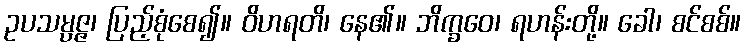
ဥပသမ္ပဇ္ဇ၊ ပြည့်စုံစေ၍။ ဝိဟရတိ၊ နေ၏။ ဘိက္ခဝေ၊ ရဟန်းတို့။ ခေါ၊ စင်စစ်။